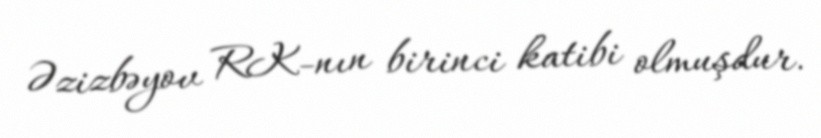
Əzizbəyov RK-nın birinci katibi olmuşdur.